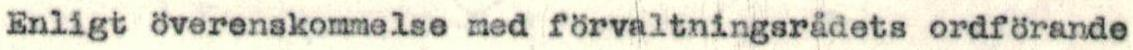
Enligt överenskommelse med förvaltningsrådets ordförande